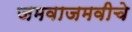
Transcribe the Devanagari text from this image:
जमवाजमवीचे